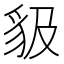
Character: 𧲫